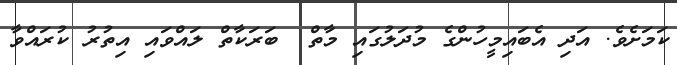
ކަމަށެވެ. އަދި އެބައިމީހުންގެ މުދަލުގައި މާތް  ބަރަކާތް ލައްވައި އިތުރު ކުރައްވާ